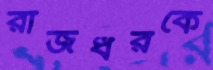
রাজধরকে